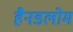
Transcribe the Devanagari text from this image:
हैनडलोम